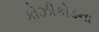
કોઝીકોડના